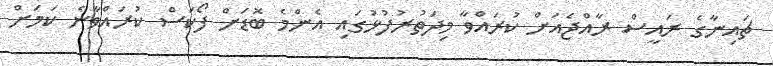
ޗައިނާގެ ރައީސް ރާއްޖެއަށް ކުރައްވާ މިދަތުރުފުޅުގައި އެންމެ ބޮޑަށް ފޯކަސް ކުރައްވާނެ ކަމަށް